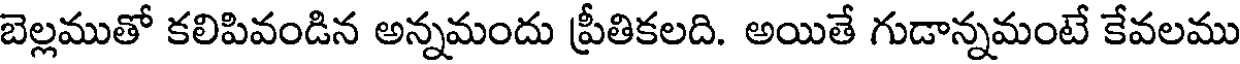
బెల్లముతో కలిపివండిన అన్నమందు ప్రీతికలది. అయితే గుడాన్నమంటే కేవలము